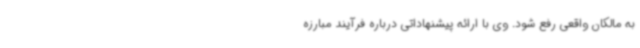
به مالکان واقعی رفع شود. وی با ارائه پیشنهاداتی درباره فرآیند مبارزه